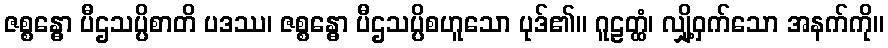
ဇစ္စန္ဓော ပီဌသပ္ပိစာတိ ပဒဿ၊ ဇစ္စန္ဓော ပီဌသပ္ပိစဟူသော ပုဒ်၏။ ဂူဠတ္ထံ၊ လျှို့ဝှက်သော အနက်ကို။